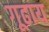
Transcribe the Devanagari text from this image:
गूढाय